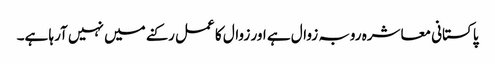
پاکستانی معاشرہ روبہ زوال ہے اور زوال کا عمل رکنے میں نہیں آرہا ہے۔